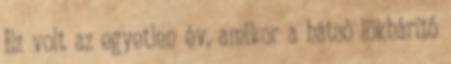
Ez volt az egyetlen év, amikor a hátsó lökhárító